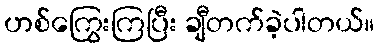
ဟစ်ကြွေးကြပြီး ချီတက်ခဲ့ပါတယ်။